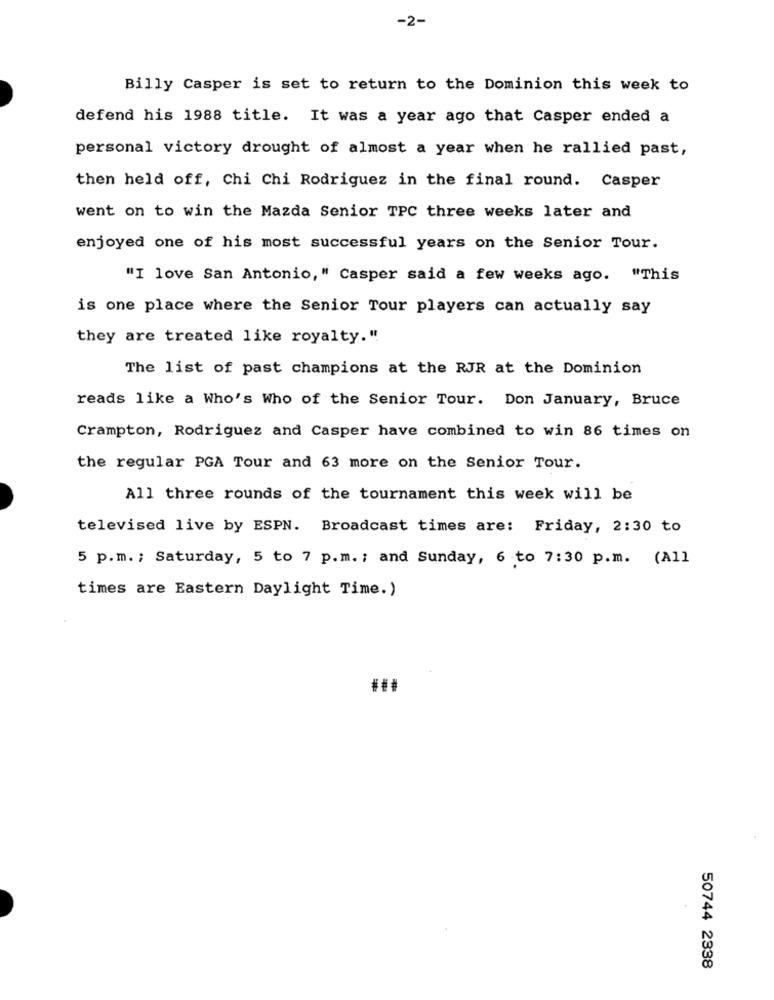
-2-
Billy Casper is set to return to the Dominion this week to
defend his 1988 title. It was a year ago that Casper ended a
personal victory drought of almost a year when he rallied past,
then held off, Chi Chi Rodriguez in the final round. Casper
went on to win the Mazda Senior TPC three weeks later and
enjoyed one of his most successful years on the Senior Tour.
"I love San Antonio," Casper said a few weeks ago. "This
is one place where the Senior Tour players can actually say
they are treated like royalty."
The list of past champions at the RJR at the Dominion
reads like a Who's Who of the Senior Tour. Don January, Bruce
Crampton, Rodriguez and Casper have combined to win 86 times on
the regular PGA Tour and 63 more on the Senior Tour.
All three rounds of the tournament this week will be
televised live by ESPN. Broadcast times are: Friday, 2:30 to
5 p.m. ; Saturday, 5 to 7 p.m. ; and Sunday, 6 to 7:30 p.m. (All
times are Eastern Daylight Time.)
50744 2338